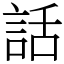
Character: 話